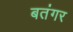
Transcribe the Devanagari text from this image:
बतंगर